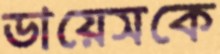
ডায়েসকে